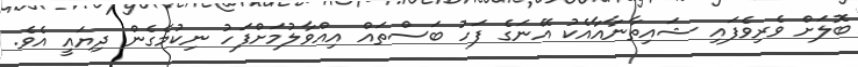
ބޮލަށް ވެރިވެފައި ޝައިތާނާއާއެކު އޭނަގެ ފަހު ބަސްތައް އިއްވާލުމަށްފަހު ނިކުމެގެން ދިޔައީ އެވެ.